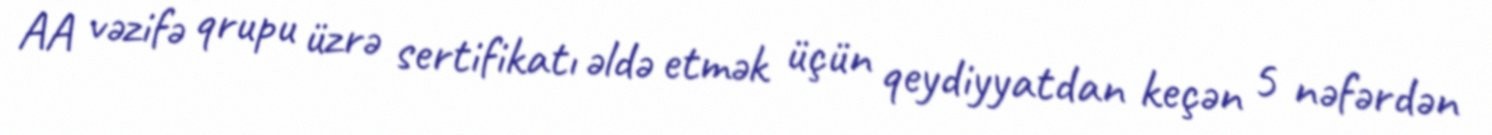
AA vəzifə qrupu üzrə sertifikatı əldə etmək üçün qeydiyyatdan keçən 5 nəfərdən